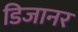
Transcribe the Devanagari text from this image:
डिजानर